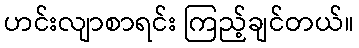
ဟင်းလျာစာရင်း ကြည့်ချင်တယ်။